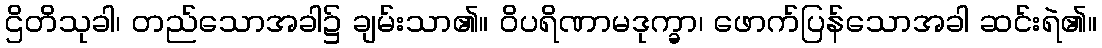
ဌိတိသုခါ၊ တည်သောအခါ၌ ချမ်းသာ၏။ ဝိပရိဏာမဒုက္ခာ၊ ဖောက်ပြန်သောအခါ ဆင်းရဲ၏။